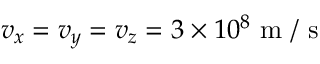
v _ { x } = v _ { y } = v _ { z } = 3 \times 1 0 ^ { 8 } \mathrm { ~ m ~ / ~ s ~ }